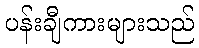
ပန်းချီကားများသည်